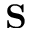
\mathbf { S }